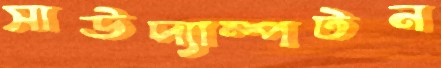
সাউদ্যাম্পটন